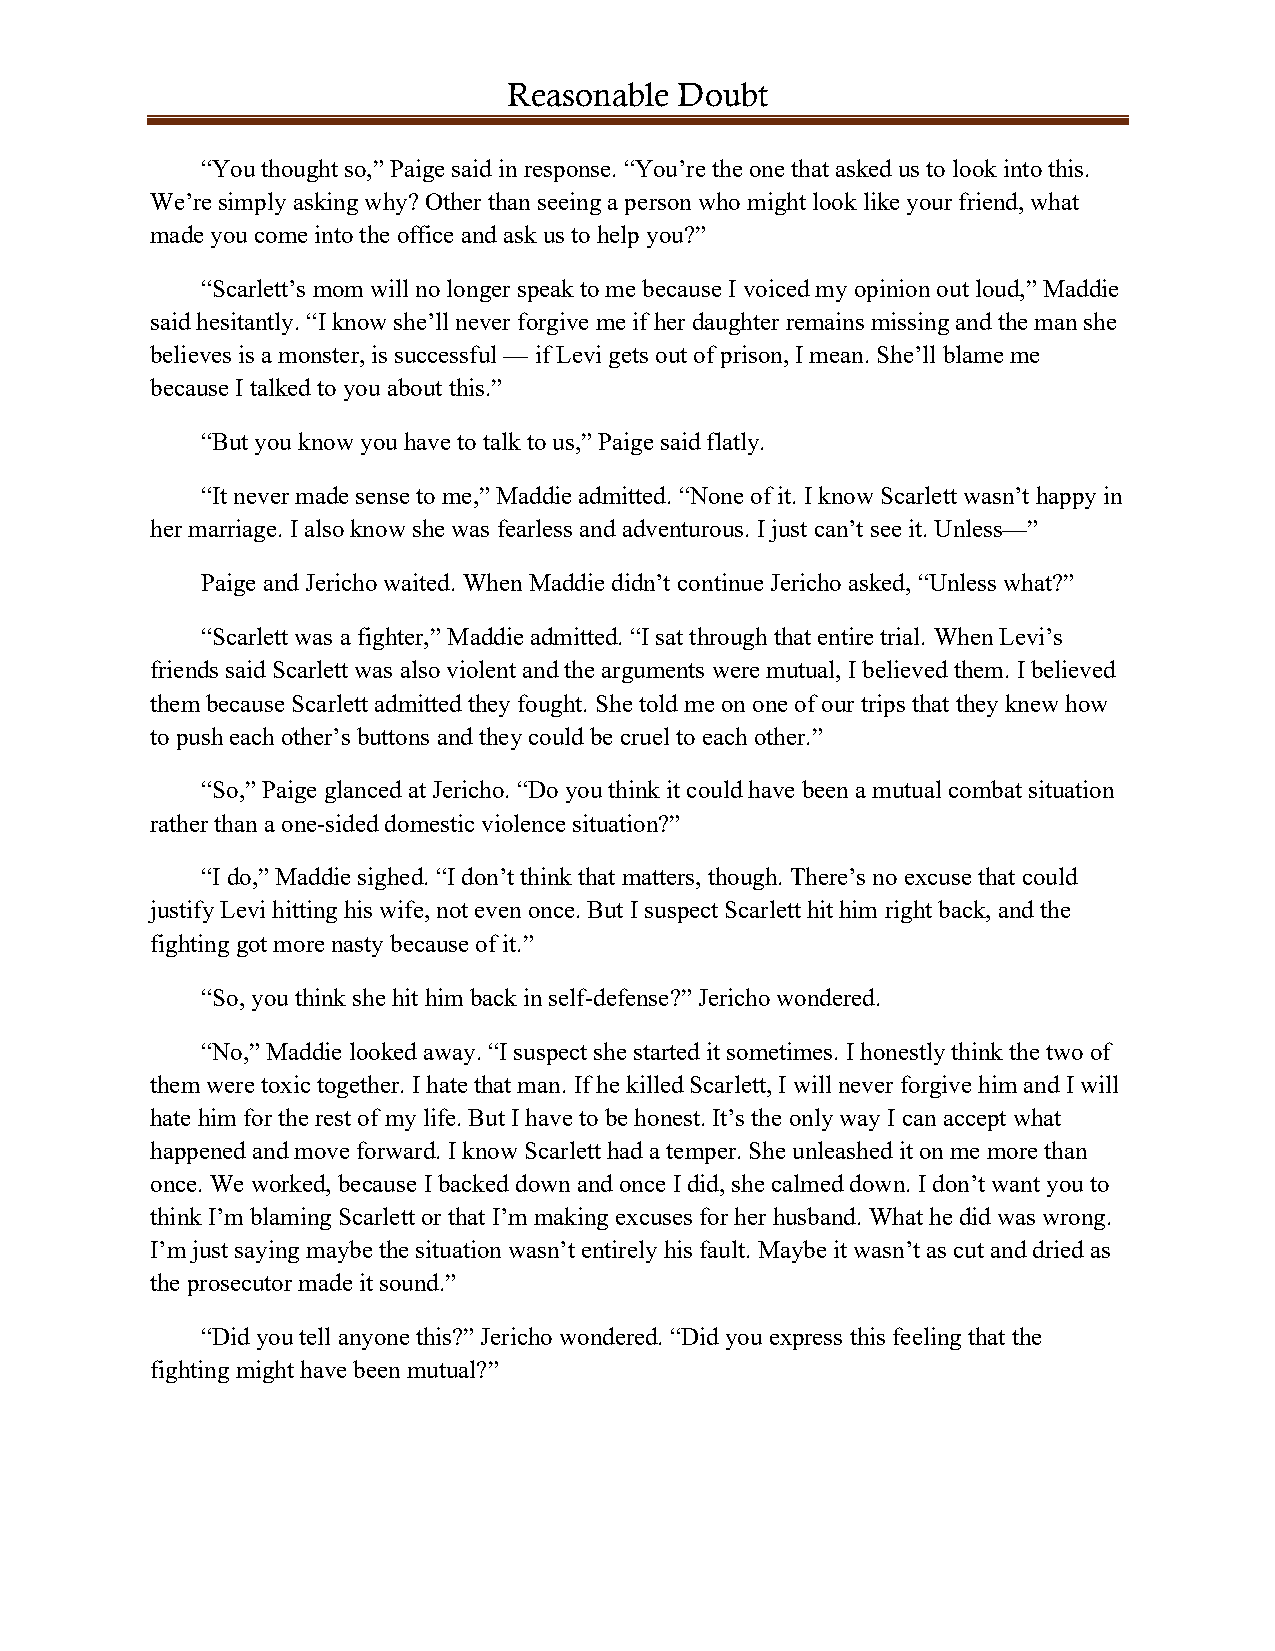
Reasonable Doubt
 “You thought so,” Paige said in response. “You’re the one that asked us to look into this.
 We’re simply asking why? Other than seeing a person who might look like your friend, what
 made you come into the office and ask us to help you?”
 “Scarlett’s mom will no longer speak to me because I voiced my opinion out loud,” Maddie
 said hesitantly. “I know she’ll never forgive me if her daughter remains missing and the man she
 believes is a monster, is successful — if Levi gets out of prison, I mean. She’ll blame me
 because I talked to you about this.”
 “But you know you have to talk to us,” Paige said flatly.
 “It never made sense to me,” Maddie admitted. “None of it. I know Scarlett wasn’t happy in
 her marriage. I also know she was fearless and adventurous. I just can’t see it. Unless—”
 Paige and Jericho waited. When Maddie didn’t continue Jericho asked, “Unless what?”
 “Scarlett was a fighter,” Maddie admitted. “I sat through that entire trial. When Levi’s
 friends said Scarlett was also violent and the arguments were mutual, I believed them. I believed
 them because Scarlett admitted they fought. She told me on one of our trips that they knew how
 to push each other’s buttons and they could be cruel to each other.”
 “So,” Paige glanced at Jericho. “Do you think it could have been a mutual combat situation
 rather than a one-sided domestic violence situation?”
 “I do,” Maddie sighed. “I don’t think that matters, though. There’s no excuse that could
 justify Levi hitting his wife, not even once. But I suspect Scarlett hit him right back, and the
 fighting got more nasty because of it.”
 “So, you think she hit him back in self-defense?” Jericho wondered.
 “No,” Maddie looked away. “I suspect she started it sometimes. I honestly think the two of
 them were toxic together. I hate that man. If he killed Scarlett, I will never forgive him and I will
 hate him for the rest of my life. But I have to be honest. It’s the only way I can accept what
 happened and move forward. I know Scarlett had a temper. She unleashed it on me more than
 once. We worked, because I backed down and once I did, she calmed down. I don’t want you to
 think I’m blaming Scarlett or that I’m making excuses for her husband. What he did was wrong.
 I’m just saying maybe the situation wasn’t entirely his fault. Maybe it wasn’t as cut and dried as
 the prosecutor made it sound.”
 “Did you tell anyone this?” Jericho wondered. “Did you express this feeling that the
 fighting might have been mutual?”